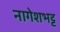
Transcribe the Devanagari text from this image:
नागेशभट्ट